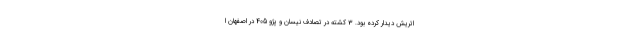
اتریش دیدار کرده بود. 3 کشته در تصادف نیسان و پژو 405 در اصفهان ا